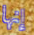
إنها